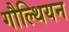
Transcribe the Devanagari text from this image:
गौल्थियन